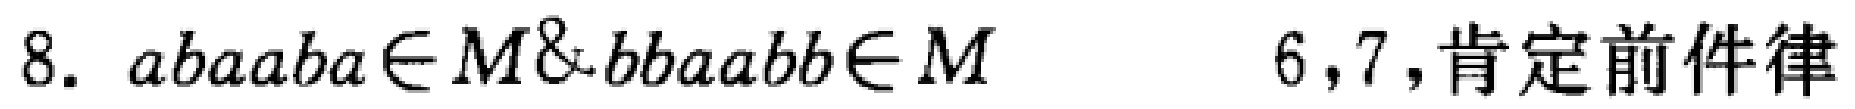
8. \(abba\in M\&bbaabb\in M\qquad 6,7,\text{肯定前件律}\)